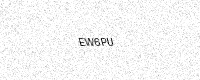
Text: EW6PU